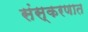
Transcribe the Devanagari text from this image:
संस्करणात